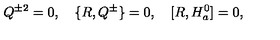
Q ^ { \pm 2 } = 0 , \quad \{ R , Q ^ { \pm } \} = 0 , \quad [ R , H _ { a } ^ { 0 } ] = 0 ,